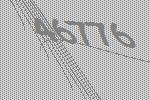
46776